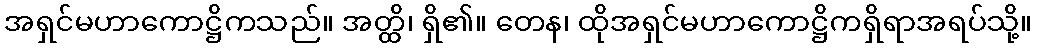
အရှင်မဟာကောဋ္ဌိကသည်။ အတ္ထိ၊ ရှိ၏။ တေန၊ ထိုအရှင်မဟာကောဋ္ဌိကရှိရာအရပ်သို့။